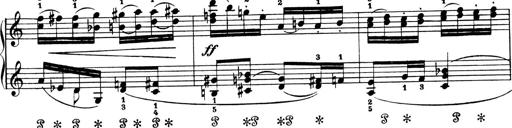
Title: 4 Sonatines
Composer: Max Reger